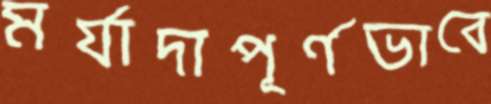
মর্যাদাপূর্ণভাবে